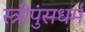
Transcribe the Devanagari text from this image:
स्त्रीपुंसधर्म